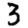
Digit: 3